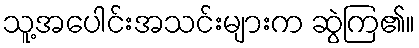
သူ့အပေါင်းအသင်းများက ဆွဲကြ၏။